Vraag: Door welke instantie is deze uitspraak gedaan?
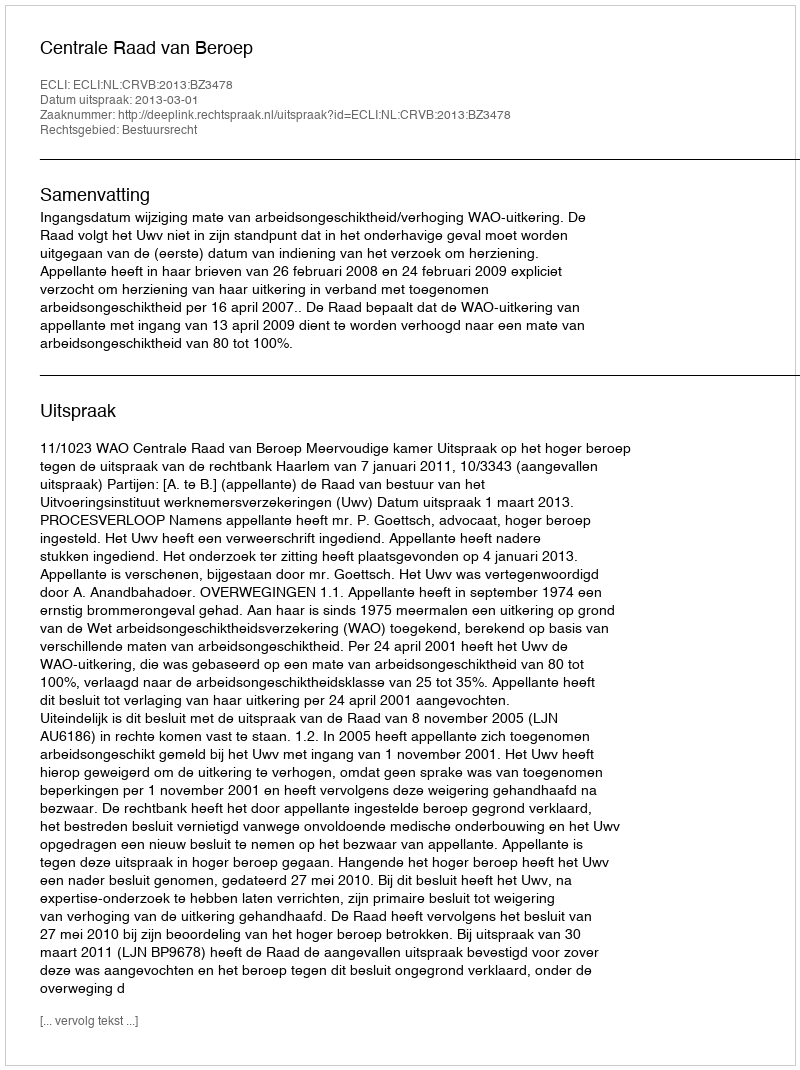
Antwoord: Centrale Raad van Beroep